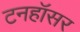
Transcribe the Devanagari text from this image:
टनहॉसर